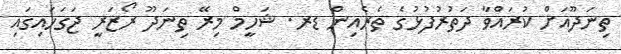
ތިނަދޫއަށް ކުރައްވާ ދަތުރުފުޅުގެ ތެރެއިން ޑރ. ޝަހީމް މިރޭ ތިނަދޫ ރޯޒަރީ ޖަގަހައިގައި